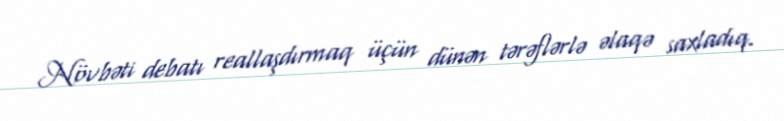
Növbəti debatı reallaşdırmaq üçün dünən tərəflərlə əlaqə saxladıq.